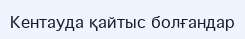
Кентауда қайтыс болғандар